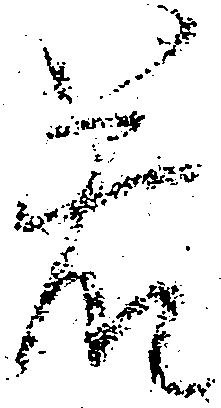
若